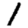
Digit: 1